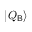
| Q _ { \mathsf { B } } \rangle